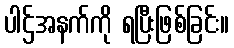
ပါဌ်အနက်ကို ရပြီးဖြစ်ခြင်း။